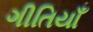
ગીતિયાઁ